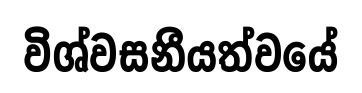
විශ්වසනීයත්වයේ